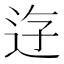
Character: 𨒣